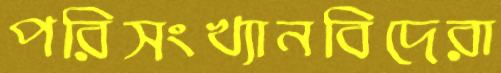
পরিসংখ্যানবিদেরা